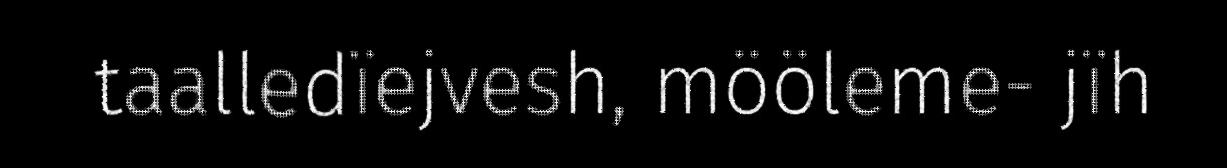
taalledïejvesh, mööleme- jïh